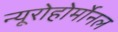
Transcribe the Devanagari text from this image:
न्यूरोहोर्मोनल